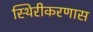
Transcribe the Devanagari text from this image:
स्थिरीकरणास